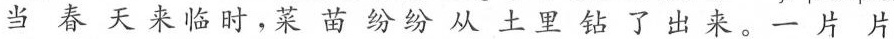
当春天来临时，菜苗纷纷从土里钻了出来。一片片